Civil Veterinary Dept. Bombay admin report 1932-41 - 1932-1941
Year: 1932
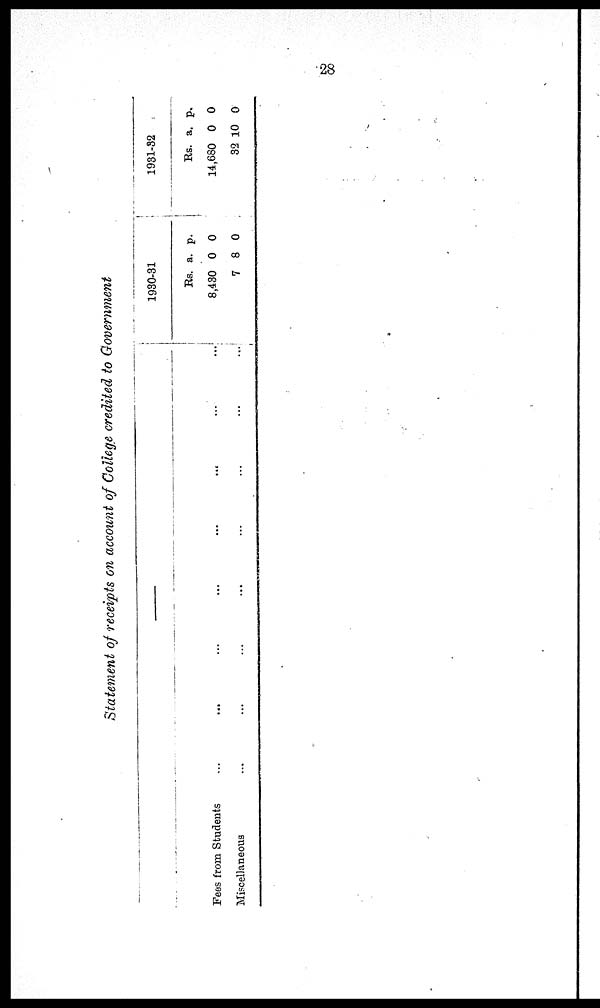
28
Statement of receipts on account of College credited to Government
—
Fees from Students ... ... ... ... ... ... ... ...
Miscellaneous ... ... ... ... ... ... ... ...
1930-31
Rs.
8,430
7
a.
0
8
p.
0
0
1931-32
Rs.
14,680
32
a.
0
10
p.
0
0